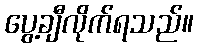
ပွေ့ချီလိုက်ရသည်။